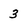
Character: 3